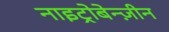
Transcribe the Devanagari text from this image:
नाइट्रोबेन्ज़ीन